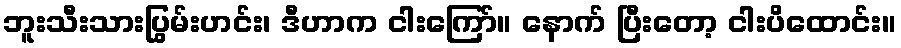
ဘူးသီးသားပြွမ်းဟင်း၊ ဒီဟာက ငါးကြော်။ နောက် ပြီးတော့ ငါးပိထောင်း။